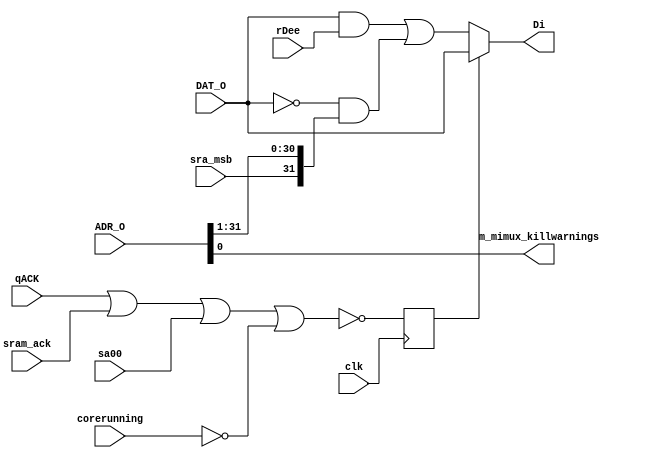
/* -----------------------------------------------------------------------------
 * Part of midgetv
 * 2019-2020. Copyright B. Nossum.
 * For licence, see LICENCE
 * ----------------------------------------------------------------------------ehdr
 * This is the fundamental input multiplexer, which is the last part of the 
 * inputmux
 * 
 * sa00mod ---------+
 * DAT_O ----+-----|0\
 * rDee ----|0\    |  |-- Di
 *          |  |---|1/
 * shADR_O--|1/               
 * 
 */
module m_mimux
  # ( parameter HIGHLEVEL = 1 )
   (
    input         clk, //
    input         sra_msb, //     Msb to use when rightshifing ADR_O
    input         sa00, //        Main select signal, pipelined
    input         sram_ack, //    Used to select data from SRAM/input devices
    input         qACK, //        Qualified acknowledge, usually (ACK_I | sysregack)
    input         corerunning, // Needed at startup
    /* verilator lint_off UNUSED */
    input [31:0]  ADR_O, //       For right-shift
    /* verilator lint_on UNUSED */
    input [31:0]  DAT_O, //       Output from EBR is input to mux
    input [31:0]  rDee, //        External input, SRAM, Multipler register
    output [31:0] Di, //          Data out of mux
    output        m_mimux_killwarnings
    );
   assign m_mimux_killwarnings = ADR_O[0];
   
   generate
      wire [31:0] shADR_O = {sra_msb,ADR_O[31:1]};
      if ( HIGHLEVEL ) begin
         reg sa00mod;
         always @(posedge clk)
           sa00mod <=  ~(qACK | sram_ack | sa00 | ~corerunning);
         assign Di = sa00mod ? DAT_O : (DAT_O & rDee | ~DAT_O & shADR_O);
      end else begin
         wire cmb_sa00mod;
         wire sa00mod;
         SB_LUT4 #(.LUT_INIT(16'h0100)) inst_presa00mod( .O(cmb_sa00mod), .I3(corerunning), .I2(sram_ack), .I1(qACK), .I0(sa00)); 
         SB_DFF sa00mod_r( .Q(sa00mod), .C(clk), .D(cmb_sa00mod));
         SB_LUT4 #(.LUT_INIT(16'hf0ca)) cmb [31:0] (.O(Di),.I3(sa00mod),.I2(DAT_O),.I1(rDee),.I0(shADR_O));
      end
   endgenerate
endmodule